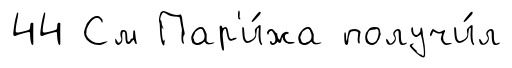
44 См Пар'и́жа получи́л